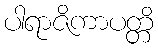
ပါရာဇိကာပတ္တိ